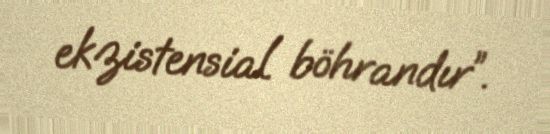
ekzistensial böhrandır”.